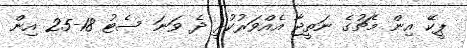
ޕީކޭ އިން މެޗުގެ ނަތީޖާ އެއްވަރުކުރީ ދެ ވަނަ ސެޓު 18-25 އިން